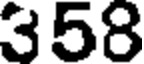
358